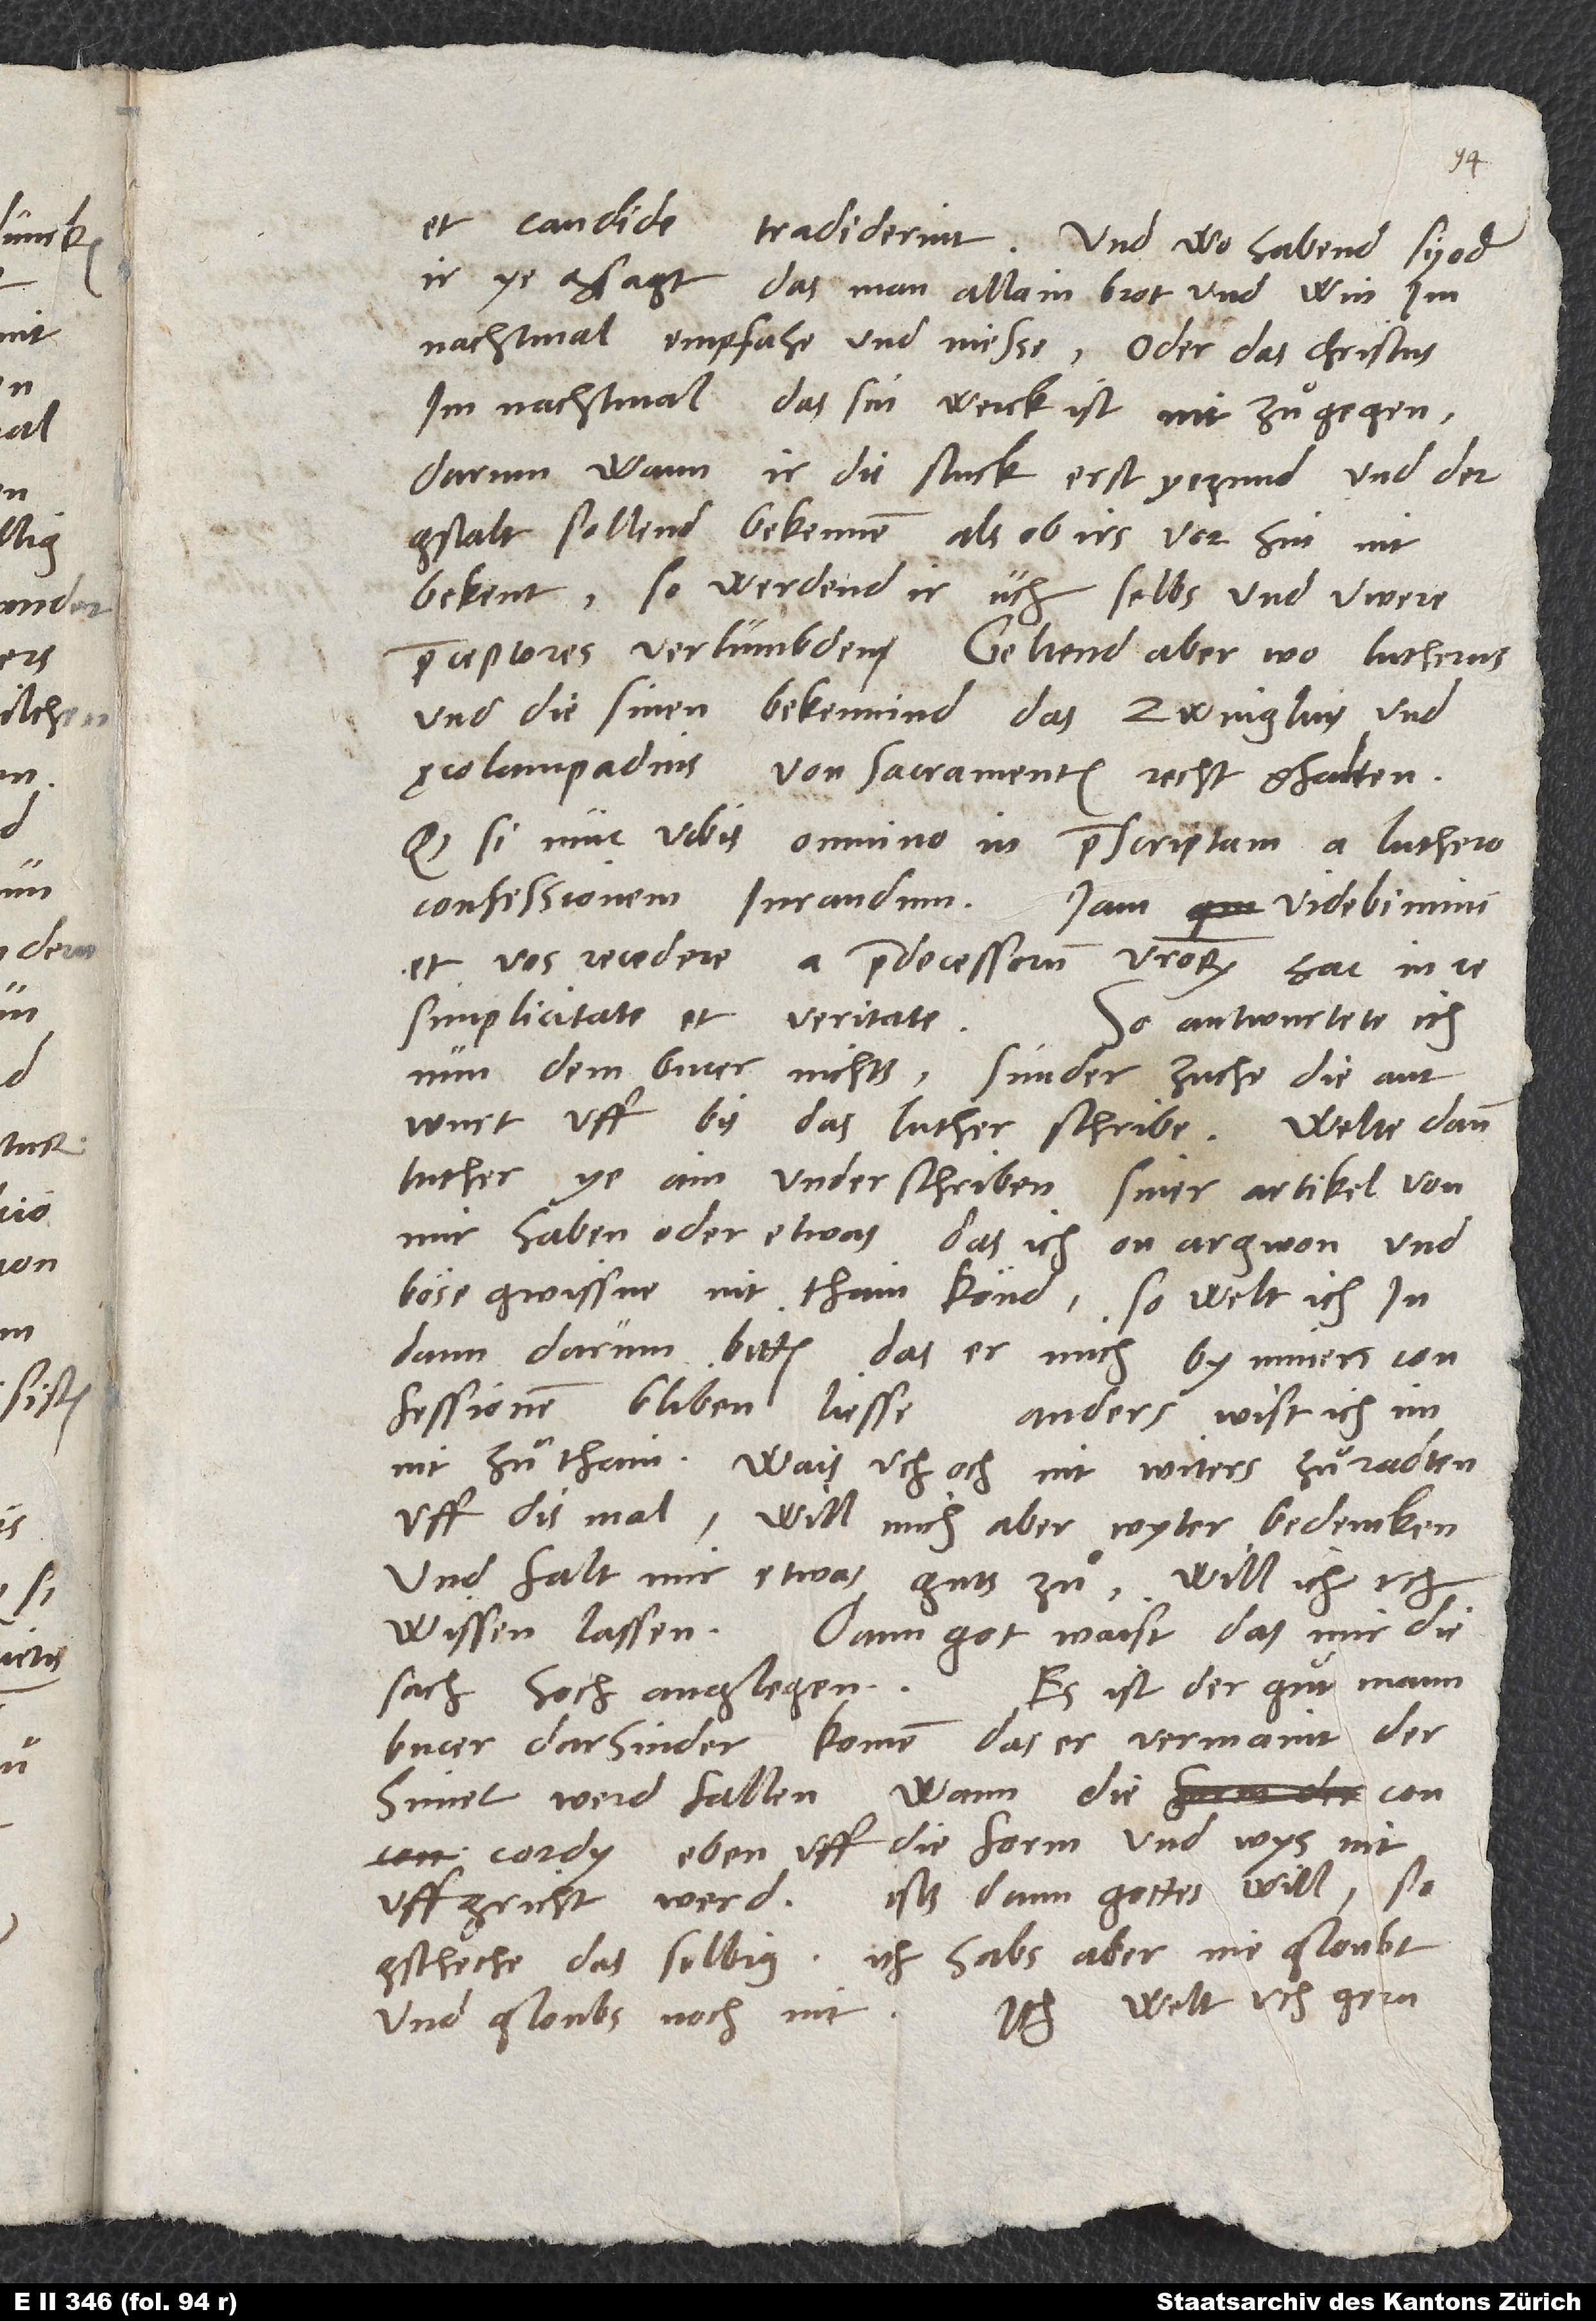
et candide
tradiderint. Und wo habend sy oder
ir ye gsagt, das man allain brot und win im
nachtmal empfahe und niesse, oder das Christus
im nachtmal, das sin werck ist, nit zuͦgegen?
Darum, wann ir die stuck erst yezund und der
gstalt sollend bekennen, als ob irs vor hin nit
bekent, so werdend ir uch selbs und uwere
praeceptores verlumbden, geltend aber, wo Lutherus
und die sinen bekennind, das Zwinglius und
Aecolampadius von sacramenten recht ghalten.
Quodsi nunc vobis omnino in praescriptam a Luthero
confessionem iurandum, iam videbimini
et vos recedere a praedecessorum vestrorum hac in re
simplicitate et veritate.
So antwurtete ich
nun dem Bucer nichts, sunder zuche die antwurt
uff, bis das Luther schribe. Welte dann
Luther ye ain underschriben siner artikel von
mir haben oder etwas, das ich on argwon und
böse gwissne nit thain könd, so welt ich in
dann darum bitten, das er mich by minen
confessionen bliben liesse. Anders wist ich im
nit zuͦ thain. Wais uch och nit witers zuͦ radten
uff dis mal, will mich aber wyter bedencken,
und falt mir etwas guts zuͦ, will ich uch
wissen lasen. Dann got waist, das mir die
Bucer darhinder komen, das er vermaint, der
himel werd fallen, wann die concordy
eben uff die form und wys nit
Ists dann gottes will, so
uffgricht werd.
Ich habs aber nie gloubt
gscheche das selbig.
Ich welt uch gern
und gloubs noch nit.